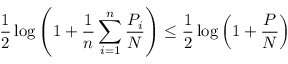
{ \frac { 1 } { 2 } } \log \left( 1 + { \frac { 1 } { n } } \sum _ { i = 1 } ^ { n } { \frac { P _ { i } } { N } } \right) \leq { \frac { 1 } { 2 } } \log \left( 1 + { \frac { P } { N } } \right) \,